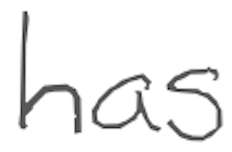
Text: has
Cross-out: clean
Writing tool: digital_gray